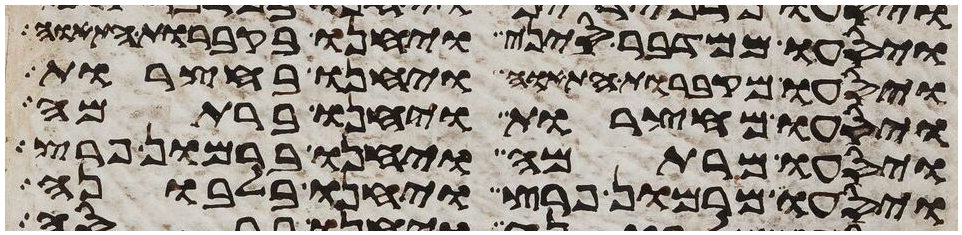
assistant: ויסעו ממדבר סיני ויחנו בקברות התאוה
ויסעו מקברות התאוה ויחנו בחצרות
ויסעו מחצרות ויחנו ברתמה
ויסעו מרתמה ויחנו ברמון פרץ
ויסעו מרמון פרץ ויחנו בלבונה